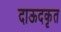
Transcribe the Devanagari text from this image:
दाऊदकृत